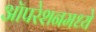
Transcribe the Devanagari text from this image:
ऑपरेशनमध्ये